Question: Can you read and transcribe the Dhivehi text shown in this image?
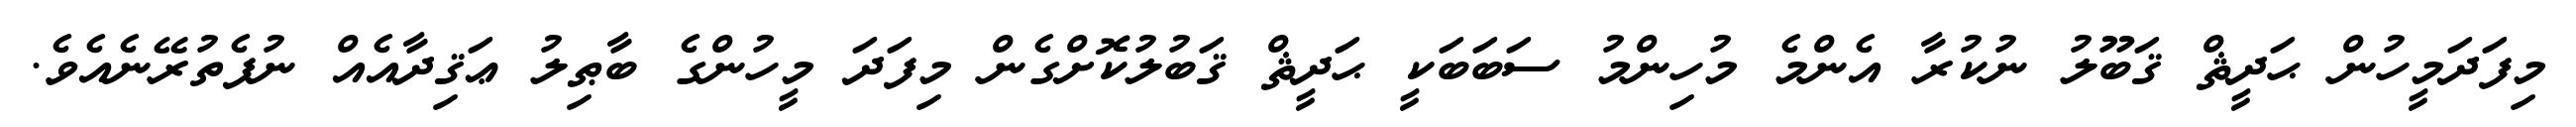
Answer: މިފަދަމީހުން ޙަދީޘް ޤަބޫލު ނުކުރާ އެންމެ މުހިންމު ސަބަބަކީ ޙަދީޘް ޤަބުލުކޮށްގެން މިފަދަ މީހުންގެ ބާޠިލު ޢަޤިދާއެއް ނުފެތުރޭނެއެވެ.